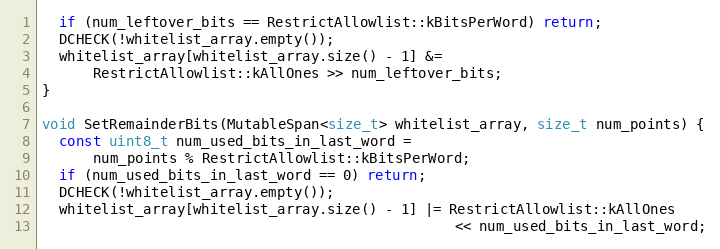
Language: C++
  if (num_leftover_bits == RestrictAllowlist::kBitsPerWord) return;
  DCHECK(!whitelist_array.empty());
  whitelist_array[whitelist_array.size() - 1] &=
      RestrictAllowlist::kAllOnes >> num_leftover_bits;
}

void SetRemainderBits(MutableSpan<size_t> whitelist_array, size_t num_points) {
  const uint8_t num_used_bits_in_last_word =
      num_points % RestrictAllowlist::kBitsPerWord;
  if (num_used_bits_in_last_word == 0) return;
  DCHECK(!whitelist_array.empty());
  whitelist_array[whitelist_array.size() - 1] |= RestrictAllowlist::kAllOnes
                                                 << num_used_bits_in_last_word;